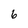
Character: 6